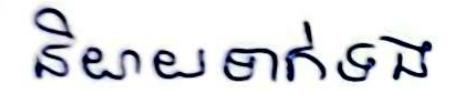
និយាយទាក់ទង